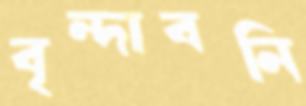
বৃন্দাবনি